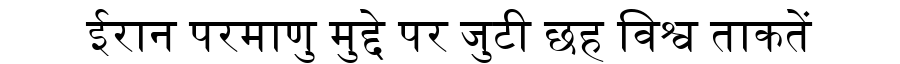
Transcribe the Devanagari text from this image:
ईरान परमाणु मुद्दे पर जुटी छह विश्व ताकतें